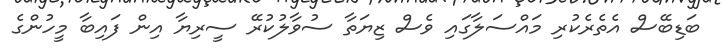
ބަޑިބޭސް އެތެރެކުރި މައްސަލާގައި ވެސް ޒިޔަތާ ސުވާލުކުރޭ ސީރިޔާ އިން ފައިބާ މީހުންގެ